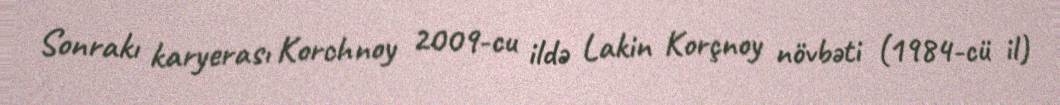
Sonrakı karyerası Korchnoy 2009-cu ildə Lakin Korçnoy növbəti (1984-cü il)